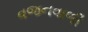
વજનવાળી